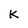
Character: k